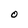
Character: O